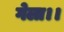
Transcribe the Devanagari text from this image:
गेला।।